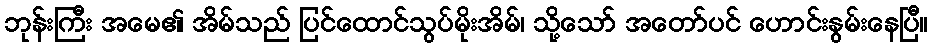
ဘုန်းကြီး အမေ၏ အိမ်သည် ပြင်ထောင်သွပ်မိုးအိမ်၊ သို့သော် အတော်ပင် ဟောင်းနွမ်းနေပြီ။